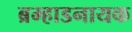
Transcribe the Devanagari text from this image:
ब्रम्हाडनायक